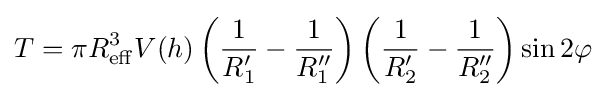
T=\pi R_{\rm {eff}}^{3}V(h)\left({\frac {1}{R'_{1}}}-{\frac {1}{R''_{1}}}\right)\left({\frac {1}{R'_{2}}}-{\frac {1}{R''_{2}}}\right)\sin 2\varphi